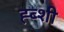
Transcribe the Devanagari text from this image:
ह्ब्शी